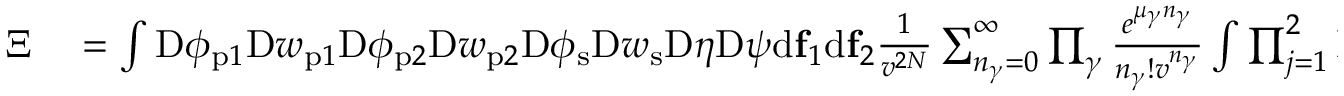
\begin{array} { r l } { \Xi } & { { } = \int \mathrm { D } \phi _ { \mathrm { p } 1 } \mathrm { D } w _ { \mathrm { p } 1 } \mathrm { D } \phi _ { \mathrm { p } 2 } \mathrm { D } w _ { \mathrm { p } 2 } \mathrm { D } \phi _ { \mathrm { s } } \mathrm { D } w _ { \mathrm { s } } \mathrm { D } \eta \mathrm { D } \psi \mathrm { d } \mathbf { f } _ { 1 } \mathrm { d } \mathbf { f } _ { 2 } \frac { 1 } { v ^ { 2 N } } \sum _ { n _ { \gamma } = 0 } ^ { \infty } \prod _ { \gamma } \frac { e ^ { \mu _ { \gamma } n _ { \gamma } } } { n _ { \gamma } ! v ^ { n _ { \gamma } } } \int \prod _ { j = 1 } ^ { 2 } \mathrm { D } \{ \mathbf { R } _ { j } \} \prod _ { \kappa = 1 } ^ { n _ { \gamma } } \mathrm { d } \mathbf { r } _ { \gamma , \kappa } } \end{array}